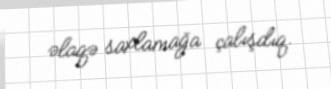
əlaqə saxlamağa çalışdıq.